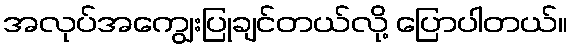
အလုပ်အကျွေးပြုချင်တယ်လို့ ပြောပါတယ်။